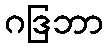
ဂဒြဘာ